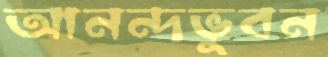
আনন্দভুবন